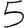
Digit: 5